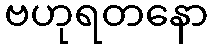
ဗဟုရတနော